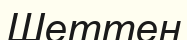
Шеттен